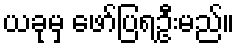
ယခုမှ ဖော်ပြရဦးမည်။